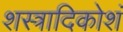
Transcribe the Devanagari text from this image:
शस्त्रादिकोशं